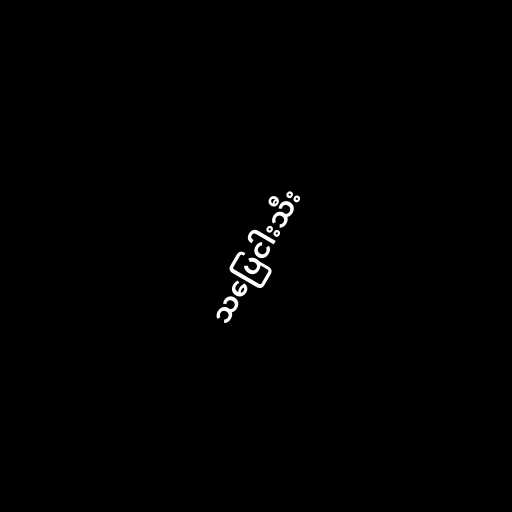
သပြေငါးသီး